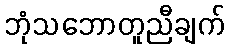
ဘုံသဘောတူညီချက်